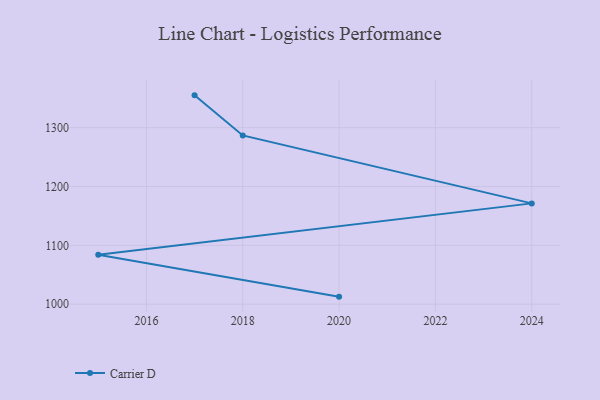
{"axis": {"x": "Year", "y": "Conversion Rate (%)"}, "legend": ["Carrier D"], "data": [{"x": "2017", "y": 1354.9, "type": "Carrier D"}, {"x": "2018", "y": 1286.8, "type": "Carrier D"}, {"x": "2024", "y": 1171.3, "type": "Carrier D"}, {"x": "2015", "y": 1084.0, "type": "Carrier D"}, {"x": "2020", "y": 1012.8, "type": "Carrier D"}]}